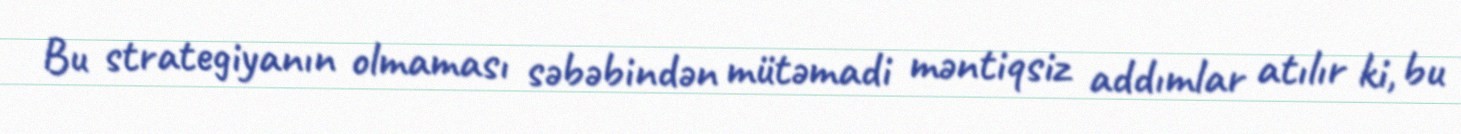
Bu strategiyanın olmaması səbəbindən mütəmadi məntiqsiz addımlar atılır ki, bu